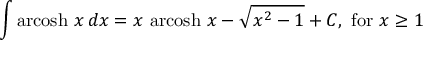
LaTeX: \int \operatorname { a r c o s h } \, x \, d x = x \, \operatorname { a r c o s h } \, x - { \sqrt { x ^ { 2 } - 1 } } + C , { \mathrm { ~ f o r ~ } } x \geq 1